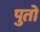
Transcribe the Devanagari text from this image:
पुतो